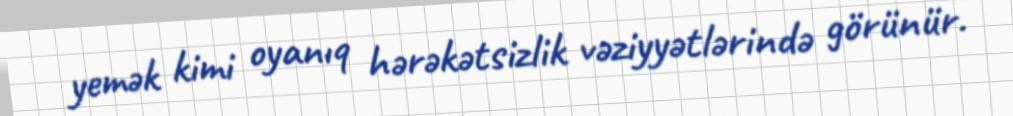
yemək kimi oyanıq hərəkətsizlik vəziyyətlərində görünür.